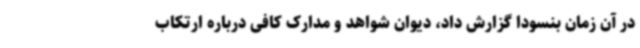
در آن زمان بنسودا گزارش داد، دیوان شواهد و مدارک کافی درباره ارتکاب